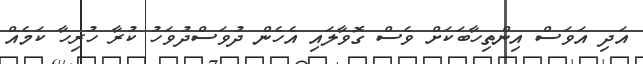
އަދި އަވަސް އިންތިހާބަކަށް ވެސް ގޮވާލައި އެހެން ދުވަސްދުވަހު ކުރާ ހުރިހާ ކަމެއް